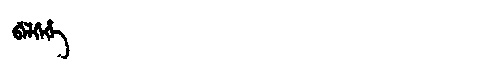
Manchu: ᠪᡝᠯᡤᡝᡥᡝ
Romanization: BELGEHE